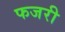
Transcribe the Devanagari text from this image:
फजरी